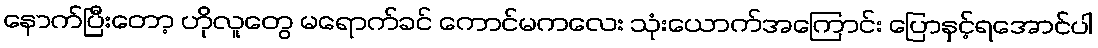
နောက်ပြီးတော့ ဟိုလူတွေ မရောက်ခင် ကောင်မကလေး သုံးယောက်အကြောင်း ပြောနှင့်ရအောင်ပါ